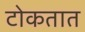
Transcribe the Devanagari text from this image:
टोकतात